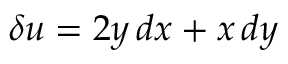
\delta u = 2 y \, d x + x \, d y